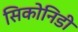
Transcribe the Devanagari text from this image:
सिकोनिडी